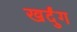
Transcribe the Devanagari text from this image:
खर्दुंग